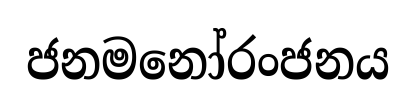
ජනමනෝරංජනය